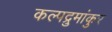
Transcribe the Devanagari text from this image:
कल्पद्रुमांकुर